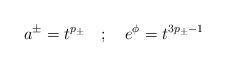
LaTeX: \begin{align*}a^{\pm} = t^{p_{\pm}} \quad ; \quad e^{\phi} = t^{3p_{\pm} - 1}\end{align*}